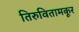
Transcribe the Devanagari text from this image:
तिरुवितामकूर